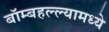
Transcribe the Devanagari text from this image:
बॉम्बहल्ल्यामध्ये